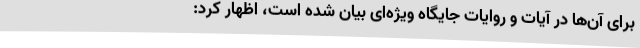
برای آن‌ها در آیات و روایات جایگاه ویژه‌ای بیان شده است، اظهار کرد: